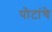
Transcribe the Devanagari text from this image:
पोटांचे